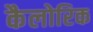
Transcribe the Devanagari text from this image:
कैलोरिक